Annual report on the health of the army in India
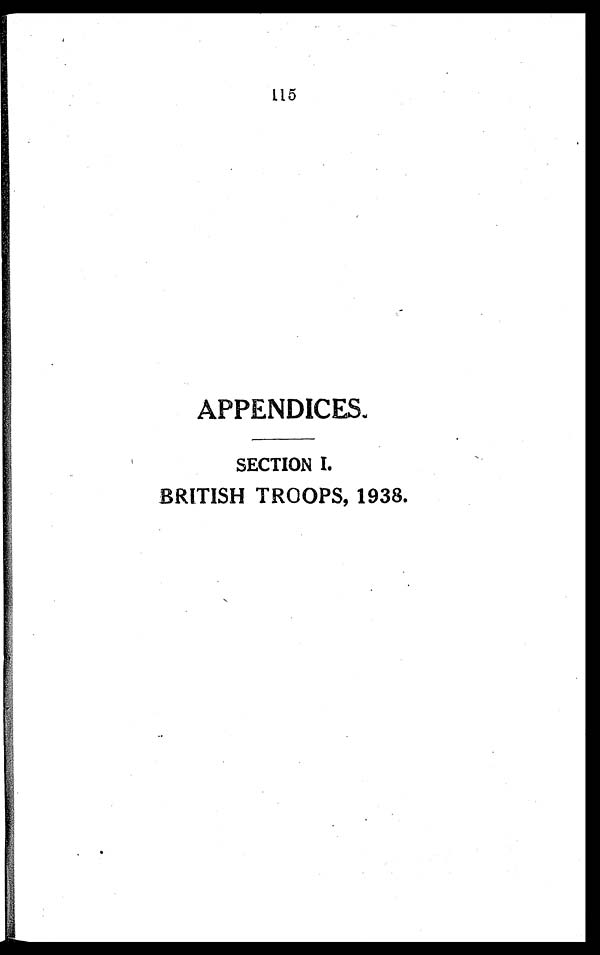
115
APPENDICES.
SECTION I.
BRITISH TROOPS, 1938.